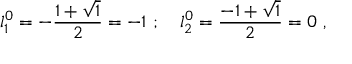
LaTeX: { l _ { 1 } ^ { 0 } } = - \frac { 1 + \sqrt { 1 } } { 2 } = - 1 ~ ; ~ ~ ~ { l _ { 2 } ^ { 0 } } = \frac { - 1 + \sqrt { 1 } } { 2 } = 0 ~ ,